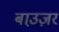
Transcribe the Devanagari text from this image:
बाउ़ज़र